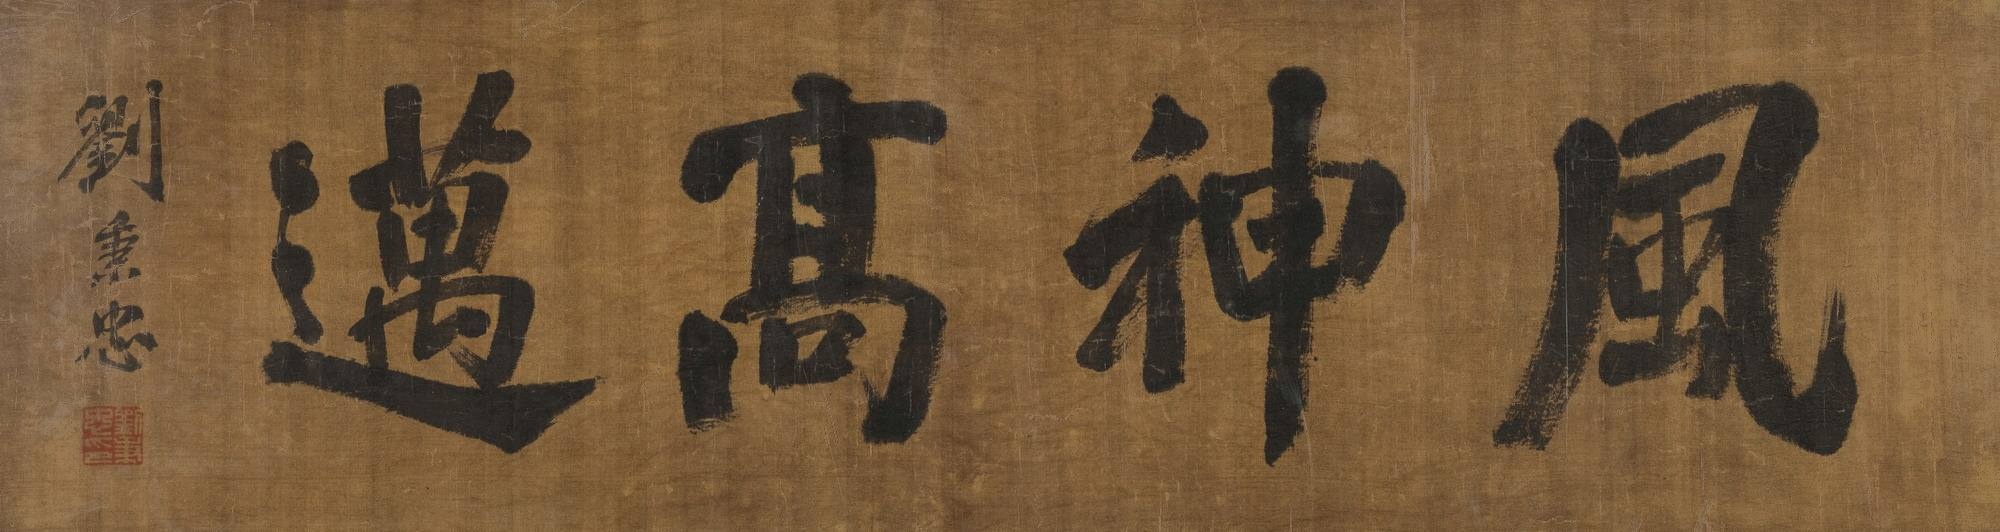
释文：风神高迈刘秉忠。